Some observations on the poison of Russell's viper (Daboia russellii) - Number 3
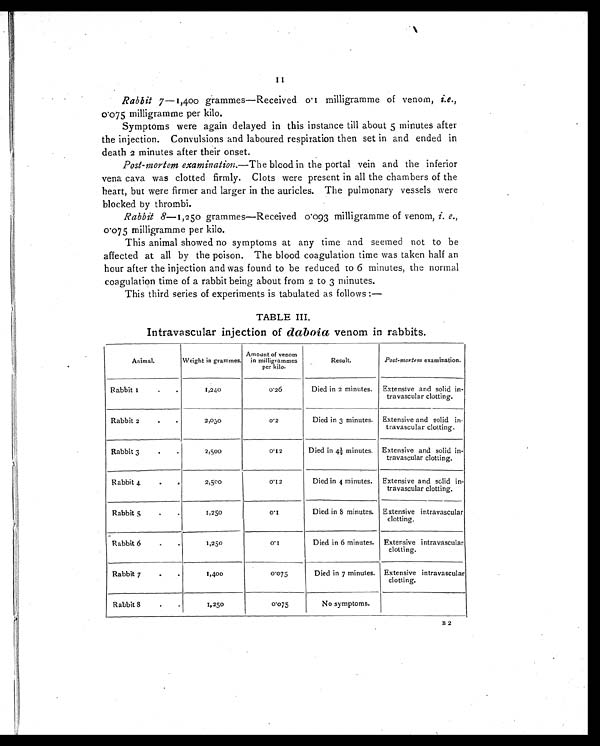
II
Rabbit 7—1,400 grammes—Received 0.1 milligramme of venom, i.e.,
0.075 milligramme per kilo.
Symptoms were again delayed in this instance till about 5 minutes after
the injection. Convulsions and laboured respiration then set in and ended in
death 2 minutes after their onset.
Post-mortem examination.—The blood in the portal vein and the inferior
vena cava was clotted firmly. Clots were present in all the chambers of the
heart, but were firmer and larger in the auricles. The pulmonary vessels were
blocked by thrombi.
Rabbit 8—1,250 grammes—Received 0 .093 milligramme of venom, i. e.,
0.075 milligramme per kilo.
This animal showed no symptoms at any time and seemed not to be
affected at all by the poison. The blood coagulation time was taken half an
hour after the injection and was found to be reduced to 6 minutes, the normal
coagulation time of a rabbit being about from 2 to 3 minutes.
This third series of experiments is tabulated as follows : —
TABLE III.
Intravascular injection of daboia venom in rabbits.
Animal.
Weight in grammes.
Amount of venom
in milligrammes
per kilo.
Result.
Post-mortem examination.
Rabbit 1..
1,240
0.26
Died in 2 minutes. Extensive and solid in-
travascular clotting.
Rabbit 2..
2,030
0 . 1 2
Died in 3 minutes. Extensive and solid in-
travascular clotting.
Rabbit 3..
2 , 5 0 0
0.12
Died in 4½ minutes. Extensive and solid in-
travascular clotting.
Rabbit 4
.
2,500
0.12
Died in 4 minutes. Extensive and solid in-
travascular clotting.
Rabbit 5..
1,250
0.1
Died in 8 minutes. Extensive intravascular
clotting.
Ra b b i t 6 . .
1,250
0.1
Died in 6 minutes. Extensive intravascular
clotting.
Rabbit 7..
1,400
0.075
Died in 7 minutes. Extensive intravascular
clotting.
Rabbit 8...
1,250
0.075
No symptoms.
B2